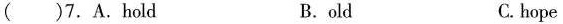
( )7.A.hold B.old C.hope